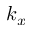
k _ { x }